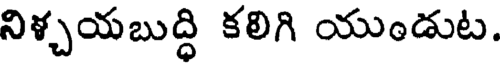
నిళ్చయబుద్ధి కలిగి యుండుట.